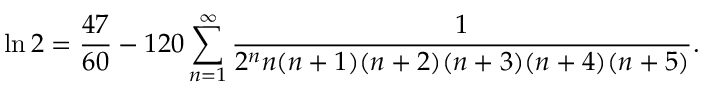
\ln 2 = { \frac { 4 7 } { 6 0 } } - 1 2 0 \sum _ { n = 1 } ^ { \infty } { \frac { 1 } { 2 ^ { n } n ( n + 1 ) ( n + 2 ) ( n + 3 ) ( n + 4 ) ( n + 5 ) } } .